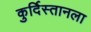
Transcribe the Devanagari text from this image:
कुर्दिस्तानला